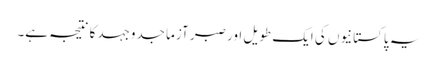
یہ پاکستانیوں کی ایک طویل اور صبر آزما جدوجہد کا نتیجہ ہے۔